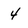
Character: 4